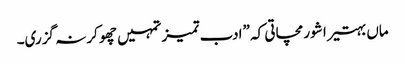
ماں بہتیرا شور مچاتی کہ ”ادب تمیز تمہیں چھو کر نہ گزری۔